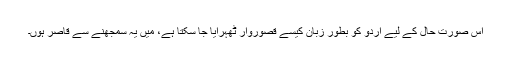
اس صورت حال کے لیے اردو کو بطور زبان کیسے قصوروار ٹھہرایا جا سکتا ہے، میں یہ سمجھنے سے قاصر ہوں۔